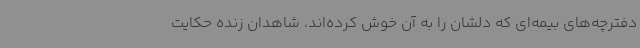
دفترچه‌های بیمه‌ای که دلشان را به آن خوش کرده‌اند، شاهدان زنده حکایت